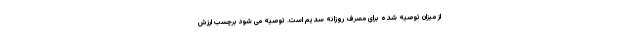
از میزان توصیه شده برای مصرف روزانه سدیم است. توصیه می شود برچسب ارزش